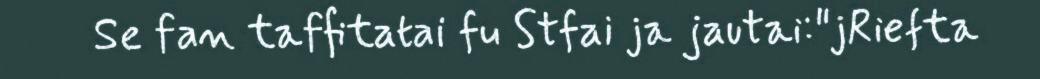
Se fan taffitatai fu Stfai ja jautai:"jRiefta